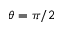
\theta = \pi / 2